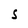
Character: S